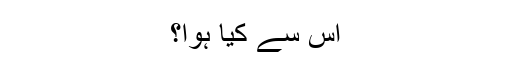
اس سے کیا ہوا؟